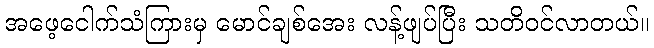
အဖေ့ငေါက်သံကြားမှ မောင်ချစ်အေး လန့်ဖျပ်ပြီး သတိဝင်လာတယ်။